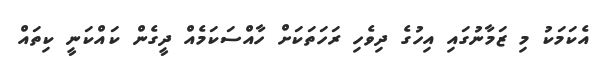
އެކަމަކު މި ޒަމާނުގައި އިހުގެ ދިވެހި ރަހަތަކަށް ހާއްސަކަމެއް ދީގެން ކައްކަނީ ކިތައް